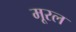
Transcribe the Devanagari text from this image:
मूरल